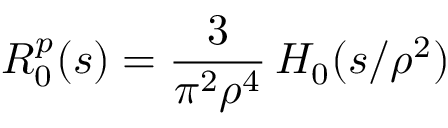
R _ { 0 } ^ { p } ( s ) = \frac { 3 } { \pi ^ { 2 } \rho ^ { 4 } } \, H _ { 0 } ( s / \rho ^ { 2 } )